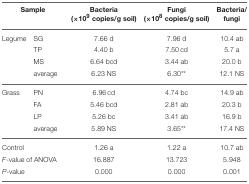
<table><thead><tr><td colspan="2"><b>Sample</b></td><td><b>Bacteria (× 10<sup>9</sup> copies/g soil)</b></td><td><b>Fungi (× 10<sup>8</sup> copies/g soil)</b></td><td><b>Bacteria/fungi</b></td></tr></thead><tbody><tr><td>Legume</td><td>SG</td><td>7.66 d</td><td>7.96 d</td><td>10.4 ab</td></tr><tr><td></td><td>TP</td><td>4.40 b</td><td>7.50 cd</td><td>5.7 a</td></tr><tr><td></td><td>MS</td><td>6.64 bcd</td><td>3.44 ab</td><td>20.0 b</td></tr><tr><td></td><td>average</td><td>6.23 NS</td><td>6.30<sup>**</sup></td><td>12.1 NS</td></tr><tr><td>Grass</td><td>PN</td><td>6.96 cd</td><td>4.74 bc</td><td>14.9 ab</td></tr><tr><td></td><td>FA</td><td>5.46 bcd</td><td>2.81 ab</td><td>20.3 b</td></tr><tr><td></td><td>LP</td><td>5.26 bc</td><td>3.41 ab</td><td>16.9 b</td></tr><tr><td></td><td>average</td><td>5.89 NS</td><td>3.65<sup>**</sup></td><td>17.4 NS</td></tr><tr><td>Control</td><td></td><td>1.26 a</td><td>1.22 a</td><td>10.7 ab</td></tr><tr><td colspan="2"><i>F</i>-value of ANOVA</td><td>16.887</td><td>13.723</td><td>5.948</td></tr><tr><td colspan="2"><i>P</i>-value</td><td>0.000</td><td>0.000</td><td>0.001</td></tr></tbody></table>